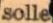
solle